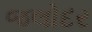
જલોદર